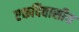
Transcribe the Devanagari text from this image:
एकदिवासीय